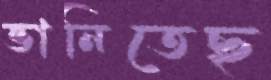
ভানিতেছ